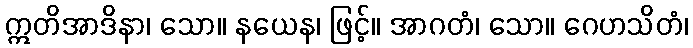
ဣတိအာဒိနာ၊ သော။ နယေန၊ ဖြင့်။ အာဂတံ၊ သော။ ဂေဟသိတံ၊